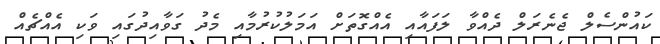
ކައުންސެލް ޖެނެރަލް ދެއްވާ ލަފައާއި އެއްގޮތަށް އަމަލުކުރުމާއި މެދު ގަވާއިދުގައި ވަކި އެއްޗެއް